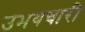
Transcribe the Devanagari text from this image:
उभयचारी